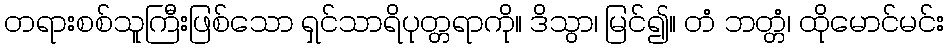
တရားစစ်သူကြီးဖြစ်သော ရှင်သာရိပုတ္တရာကို။ ဒိသွာ၊ မြင်၍။ တံ ဘတ္တံ၊ ထိုမောင်မင်း